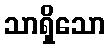
သာရှိသော